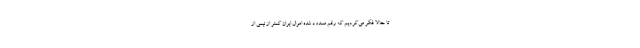
تا حالا فکر می‌کردیم که رقم مسدود شده اموال ایران کمتر از نیمی از